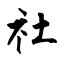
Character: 社